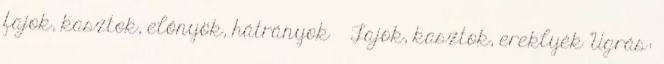
fajok, kasztok, előnyök, hátrányok » Fajok, kasztok, ereklyék Ugrás: